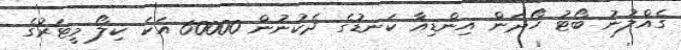
ގެއްލުނު ބޯޓު ހޯދަން އިންޑިއާ ކަނޑުގެ ދެކުނުން 60000 އަކަ ކިލޯ މީޓަރުގެ